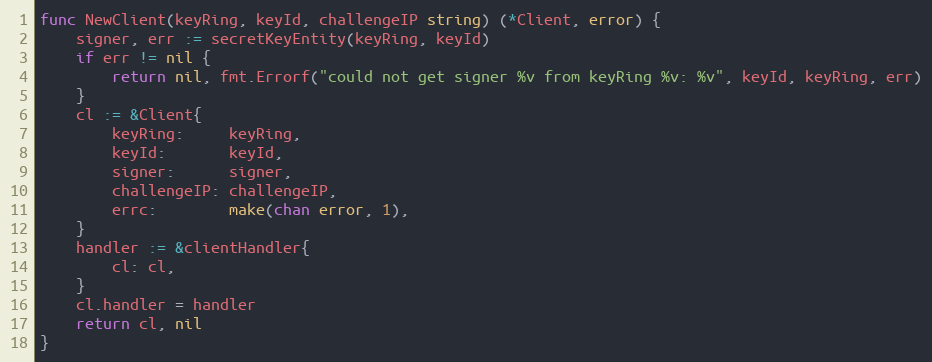
Language: Go
func NewClient(keyRing, keyId, challengeIP string) (*Client, error) {
	signer, err := secretKeyEntity(keyRing, keyId)
	if err != nil {
		return nil, fmt.Errorf("could not get signer %v from keyRing %v: %v", keyId, keyRing, err)
	}
	cl := &Client{
		keyRing:     keyRing,
		keyId:       keyId,
		signer:      signer,
		challengeIP: challengeIP,
		errc:        make(chan error, 1),
	}
	handler := &clientHandler{
		cl: cl,
	}
	cl.handler = handler
	return cl, nil
}